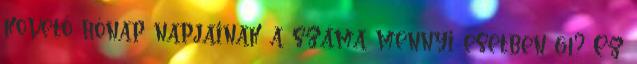
követő hónap napjainak a száma mennyi esetben 61? Ez